Language: tamil
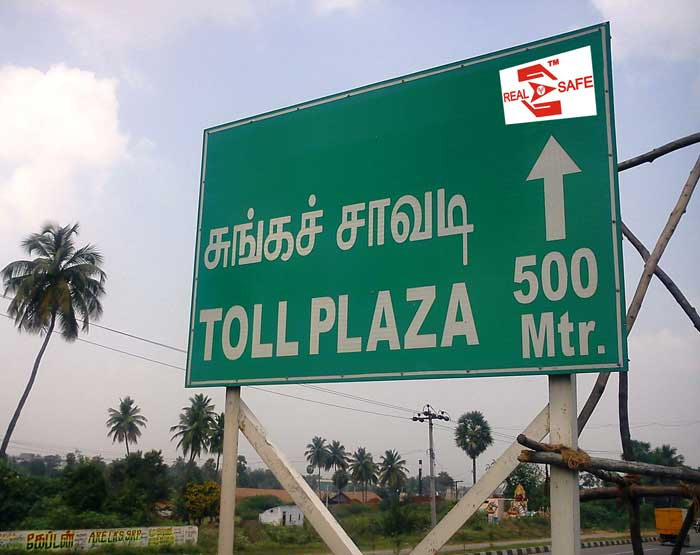
Transcription: சுங்கச் சாவடி கேப்டன்